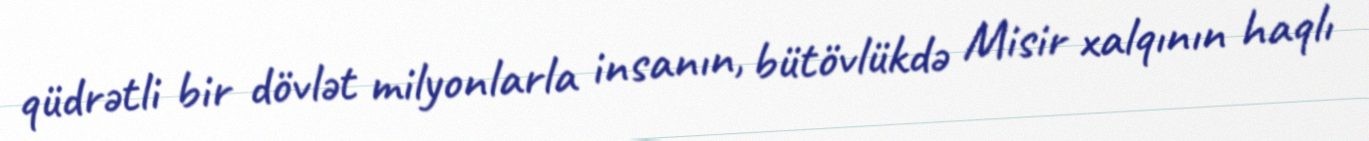
qüdrətli bir dövlət milyonlarla insanın, bütövlükdə Misir xalqının haqlı